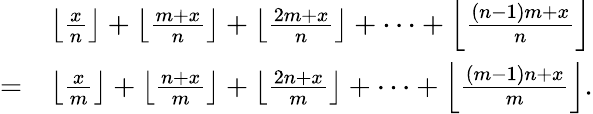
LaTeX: {\begin{array}{rl}&{\left\lfloor{\frac{x}{n}}\right\rfloor+\left\lfloor{\frac{m+x}{n}}\right\rfloor+\left\lfloor{\frac{2m+x}{n}}\right\rfloor+\dots+\left\lfloor{\frac{(n-1)m+x}{n}}\right\rfloor}\\ {=}&{\left\lfloor{\frac{x}{m}}\right\rfloor+\left\lfloor{\frac{n+x}{m}}\right\rfloor+\left\lfloor{\frac{2n+x}{m}}\right\rfloor+\cdots+\left\lfloor{\frac{(m-1)n+x}{m}}\right\rfloor.}\end{array}}